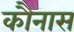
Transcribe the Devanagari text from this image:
कौनास